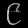
Digit: ၉